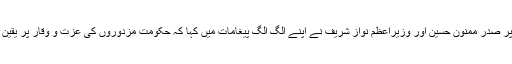
یوم مزدور پر صدر ممنون حسین اور وزیراعظم نواز شریف نے اپنے الگ الگ پیغامات میں کہا کہ حکومت مزدوروں کی عزت و وقار پر یقین رکھتی ہے۔